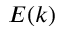
E ( k )